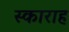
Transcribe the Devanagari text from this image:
स्काराह